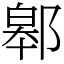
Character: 䣗